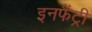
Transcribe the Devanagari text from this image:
इनफैंट्री